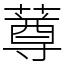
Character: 䔿